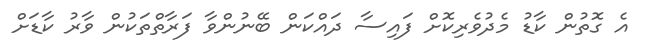
އެ ގޮތުން ކާޑު މެދުވެރިކޮށް ފައިސާ ދައްކަން ބޭނުންވާ ފަރާތްތަކުން ވާރު ކާޑަށް